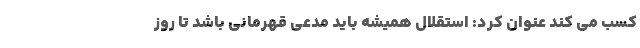
کسب می کند عنوان کرد: استقلال همیشه باید مدعی قهرمانی باشد تا روز